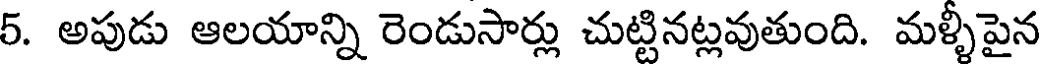
5. అపుడు ఆలయాన్ని రెండుసార్లు చుట్టినట్లవుతుంది. మళ్ళీపైన